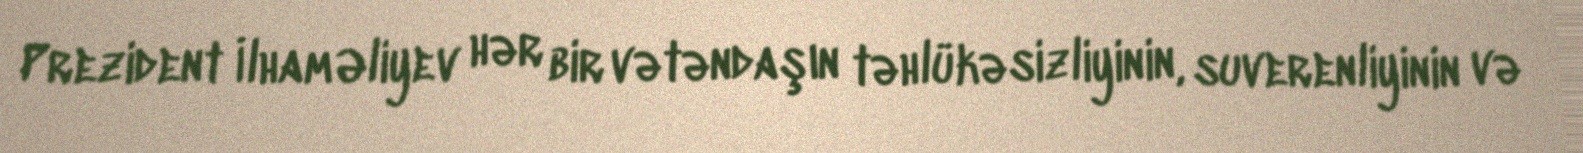
Prezident İlham Əliyev hər bir vətəndaşın təhlükəsizliyinin, suverenliyinin və